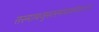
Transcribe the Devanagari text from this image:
तस्माद्यजुस्तस्मादजायत॥९॥